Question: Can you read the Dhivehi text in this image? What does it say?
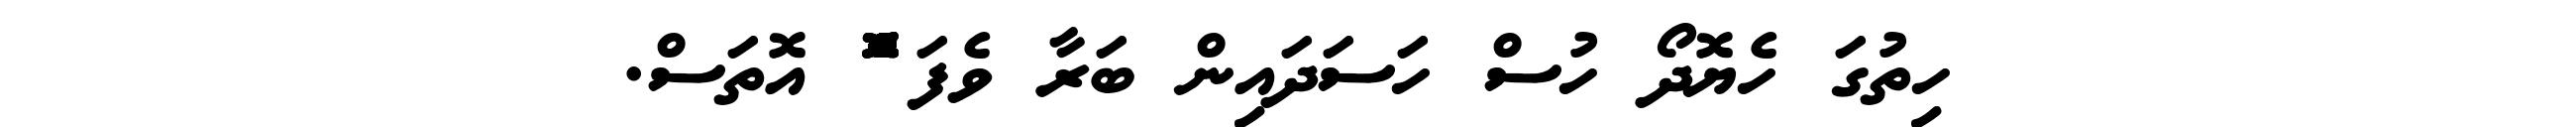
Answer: ހިތުގަ ހެޔޮދޯ ހުސް ހަސަދައިން ބަރާ ވެފަ ްްްްްްްްޮްްްްްްްްްްްްްްްްޮްްްްްްްްްްްްްްްްޮްްްްްްްްްްްްްްްްޮްްްް އޮތަސް.